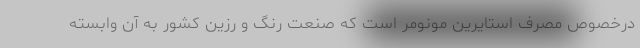
درخصوص مصرف استایرین مونومر است که صنعت رنگ و رزین کشور به آن وابسته